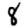
Digit: 8